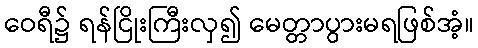
ဝေရီ၌ ရန်ငြိုးကြီးလှ၍ မေတ္တာပွားမရဖြစ်အံ့။